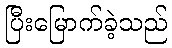
ပြီးမြောက်ခဲ့သည်